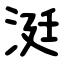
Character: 涏